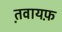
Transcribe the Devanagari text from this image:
त़वायफ़